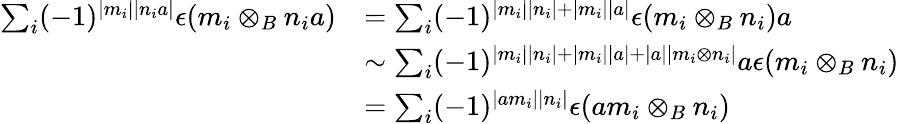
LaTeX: \begin{array}{rl}{\sum_{i}(-1)^{|m_{i}||n_{i}a|}\epsilon(m_{i}\otimes_{B}n_{i}a)}&{=\sum_{i}(-1)^{|m_{i}||n_{i}|+|m_{i}||a|}\epsilon(m_{i}\otimes_{B}n_{i})a}\\ &{\sim\sum_{i}(-1)^{|m_{i}||n_{i}|+|m_{i}||a|+|a||m_{i}\otimes n_{i}|}a\epsilon(m_{i}\otimes_{B}n_{i})}\\ &{=\sum_{i}(-1)^{|am_{i}||n_{i}|}\epsilon(am_{i}\otimes_{B}n_{i})}\end{array}